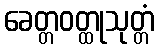
ခေတ္တဝတ္ထုသုတ္တံ